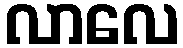
လာလေ